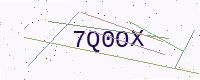
Text: 7Q0OX